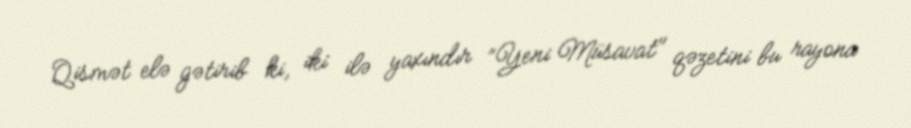
Qismət elə gətirib ki, iki ilə yaxındır ”Yeni Müsavat" qəzetini bu rayona